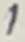
Text: 1